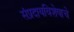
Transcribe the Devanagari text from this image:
संप्रदायविशेषाचे